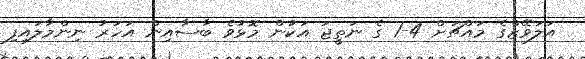
އަލަވޭޒްގެ މައްޗަށް 4-1 ގެ ނަތީޖަ އަކުން މޮޅުވެ ބާސާއިން އަހަރު ނިންމާލައިފި